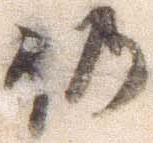
仍